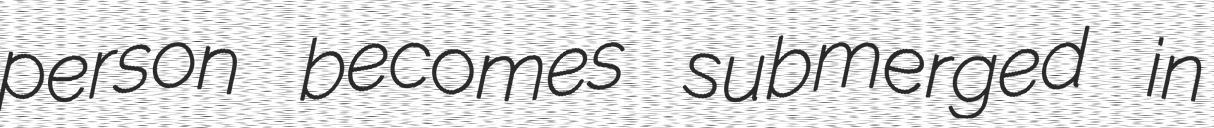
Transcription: person becomes submerged in